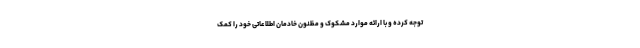
توجه کرده و با ارائه موارد مشکوک و مظنون خادمان اطلاعاتی خود را کمک